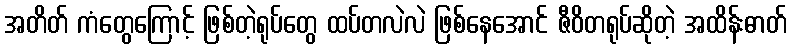
အတိတ် ကံတွေကြောင့် ဖြစ်တဲ့ရုပ်တွေ ထပ်တလဲလဲ ဖြစ်နေအောင် ဇီဝိတရုပ်ဆိုတဲ့ အထိန်းဓာတ်